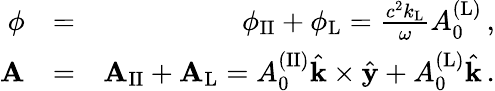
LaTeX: \begin{array}{rlr}{\phi}&{=}&{\phi_{\mathrm{II}}+\phi_{\mathrm{L}}=\frac{c^{2}k_{\mathrm{L}}}{\omega}A_{0}^{\mathrm{(L)}}\, ,}\\ {{\mathbf A}}&{=}&{{\mathbf A}_{\mathrm{II}}+{\mathbf A}_{\mathrm{L}}=A_{0}^{\mathrm{(II)}}\hat{{\mathbf k}}\times\hat{{\mathbf y}}+A_{0}^{\mathrm{(L)}}\hat{{\mathbf k}}\, .}\end{array}